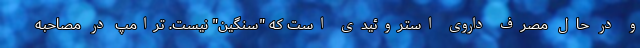
و در حال مصرف داروی استروئیدی است که "سنگین" نیست. ترامپ در مصاحبه